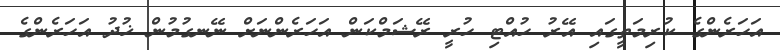
އަހަރެންގެ ކުރިމަތީގައި އޭރު ހުއްޓި ހުރީ ރޭޝަމްކަން އަހަރެންނަށް ނޭނގުމުން ޚުދު އަހަރެންގެ